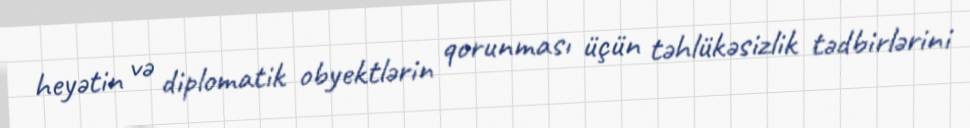
heyətin və diplomatik obyektlərin qorunması üçün təhlükəsizlik tədbirlərini